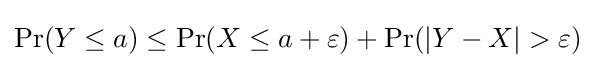
\operatorname {Pr} (Y\leq a)\leq \operatorname {Pr} (X\leq a+\varepsilon )+\operatorname {Pr} (|Y-X|>\varepsilon )